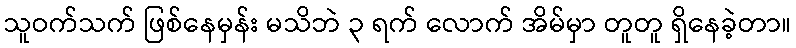
သူဝက်သက် ဖြစ်နေမှန်း မသိဘဲ ၃ ရက် လောက် အိမ်မှာ တူတူ ရှိနေခဲ့တာ။